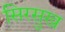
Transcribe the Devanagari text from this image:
सिरसुख